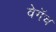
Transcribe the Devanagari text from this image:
वेगॅच